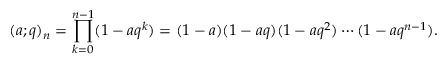
\displaystyle ( a ; q ) _ { n } = \prod _ { k = 0 } ^ { n - 1 } ( 1 - a q ^ { k } ) = ( 1 - a ) ( 1 - a q ) ( 1 - a q ^ { 2 } ) \cdots ( 1 - a q ^ { n - 1 } ) .